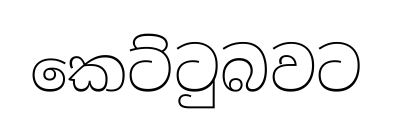
කෙට්ටුබවට